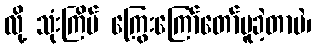
လို့ သုံးကြိမ် ကြွေးကြော်တော်မူခဲ့တာပဲ၊